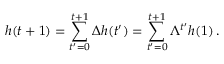
h ( t + 1 ) = \sum _ { t ^ { \prime } = 0 } ^ { t + 1 } \Delta h ( t ^ { \prime } ) = \sum _ { t ^ { \prime } = 0 } ^ { t + 1 } \Lambda ^ { t ^ { \prime } } h ( 1 ) \, .